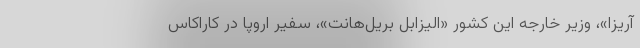
آریزا»، وزیر خارجه این کشور «الیزابل بریل‌هانت»، سفیر اروپا در کاراکاس